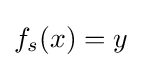
f_{s}(x)=y